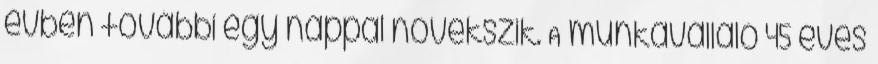
évben további egy nappal növekszik. A munkavállaló 45 éves